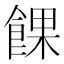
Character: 餜